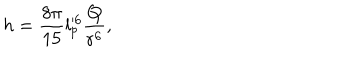
h = \frac { 8 \pi } { 1 5 } l _ { p } ^ { \prime 6 } \frac { Q } { r ^ { 6 } } ,